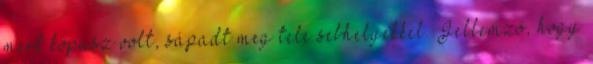
mert kopasz volt, sápadt meg tele sebhelyekkel. Jellemző, hogy